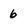
Character: 6